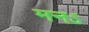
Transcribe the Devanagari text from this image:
मनऽ